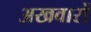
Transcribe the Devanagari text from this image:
अखवारों